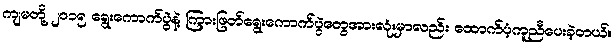
ကျမတို့ ၂၀၁၅ ရွေးကောက်ပွဲနဲ့ ကြားဖြတ်ရွေးကောက်ပွဲတွေအားလုံးမှာလည်း ထောက်ပံ့ကူညီပေးခဲ့တယ်။